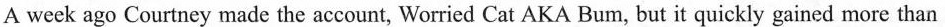
A week ago Courtney made the account, Worried Cat AKA Bum, but it quickly gained more than